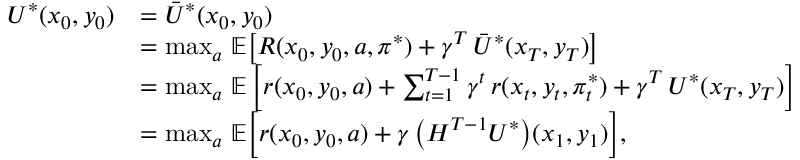
\begin{array} { r l } { U ^ { * } ( x _ { 0 } , y _ { 0 } ) } & { = \bar { U } ^ { * } ( x _ { 0 } , y _ { 0 } ) } \\ & { = \operatorname* { m a x } _ { a } \, \mathbb { E } \bigl [ R ( x _ { 0 } , y _ { 0 } , a , \boldsymbol { \pi } ^ { * } ) + \gamma ^ { T } \, \bar { U } ^ { * } ( x _ { T } , y _ { T } ) \bigr ] } \\ & { = \operatorname* { m a x } _ { a } \, \mathbb { E } \left[ r ( x _ { 0 } , y _ { 0 } , a ) + \sum _ { t = 1 } ^ { T - 1 } \gamma ^ { t } \, r ( x _ { t } , y _ { t } , \pi _ { t } ^ { * } ) + \gamma ^ { T } \, U ^ { * } ( x _ { T } , y _ { T } ) \right] } \\ & { = \operatorname* { m a x } _ { a } \, \mathbb { E } \Bigl [ r ( x _ { 0 } , y _ { 0 } , a ) + \gamma \, \bigl ( H ^ { T - 1 } U ^ { * } \bigr ) ( x _ { 1 } , y _ { 1 } ) \Bigr ] , } \end{array}